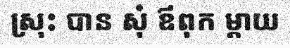
ស្រុះ បាន សុំ ឪពុក ម្តាយ